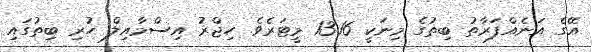
އޭގެ އަނެއްފަރާތު ބިތުގެ މިނަކީ 13.16 މީޓަރެވެ. ހިޖްރު އިސްމާއިލް ހުރި ބިތުގައި